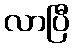
လာပြီ